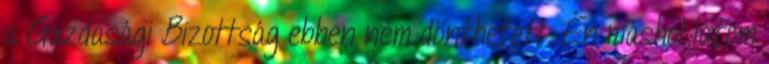
a Gazdasági Bizottság ebben nem dönthetett. Én máshol látom